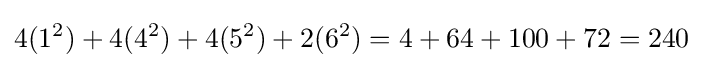
4(1^{2})+4(4^{2})+4(5^{2})+2(6^{2})=4+64+100+72=240